Annual report of the Civil Veterinary Department, Bengal, and of the Bengal Veterinary College for the year 1905-1906 - 1905-1906
Year: 1905
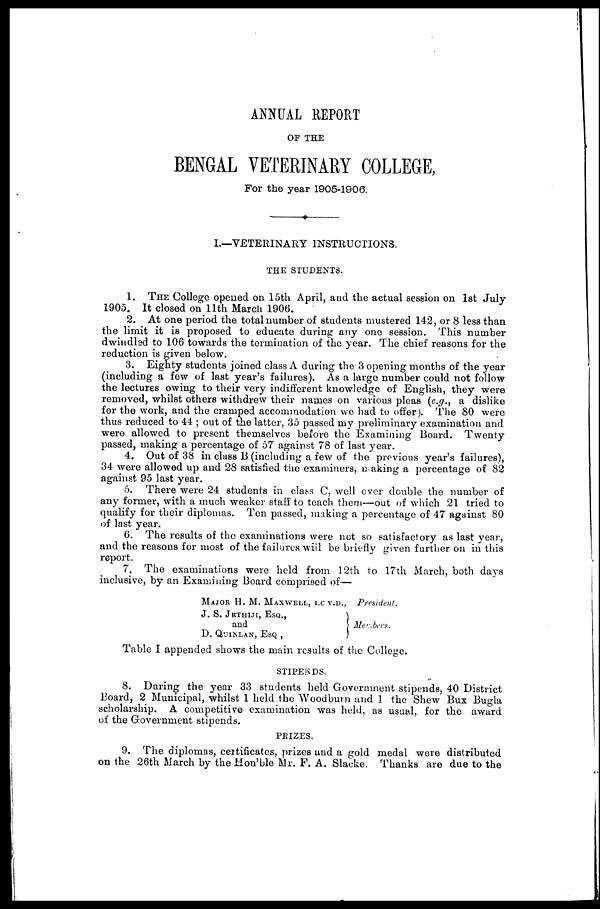
ANNUAL REPORT
OF THE
BENGAL VETERINARY COLLEGE,
For the year 1905-1906.
I.—VETERINARY INSTRUCTIONS.
THE STUDENTS.
1. THE College opened on 15th April, and the actual session on 1st July
1905.
It closed on 11th March 1906.
2. At one period the total number of students mustered 142, or 8 less than
the limit it is proposed to educate during any one session. This number
dwindled to 106 towards the termination of the year. The chief reasons for the
reduction is given below.
3. Eighty students joined class A during the 3 opening months of the year
(including a few of last year's failures). As a large number could not follow
the lectures owing to their very indifferent knowledge of English, they were
removed, whilst others withdrew their names on various pleas (e.g., a dislike
for the work, and the cramped accommodation we had to offer). The 80 were
thus reduced to 44; out of the latter, 35 passed my preliminary examination and
were allowed to present themselves before the Examining Board. Twenty
passed, making a percentage of 57 against 78 of last year.
4. Out of 38 in class B (including a few of the previous year's failures),
34 were allowed up and 28 satisfied the examiners, making a percentage of 82
against 95 last year.
5. There were 24 students in class C, well over double the number of
any former, with a much weaker staff to teach them—out of which 21 tried to
qualify for their diplomas. Ten passed, making a percentage of 47 against 80
of last year.
6. The results of the examinations were not so satisfactory as last year,
and the reasons for most of the failures will be briefly given further on in this
report.
7. The examinations were held from 12th to 17th March, both days
inclusive, by an Examining Board comprised of—
MAJOR H. M. MAXWELL, I.C.V.D.,
J. S. JKTHIJI, ESQ.,
and
D. QUINLAN, ESQ ,
President.
Members.
Table I appended shows the main results of the College.
STIPENDS.
8. During the year 33 students held Government stipends, 40 District
Board, 2 Municipal, whilst 1 held the Woodburn and 1 the Shew Bux Bugla
scholarship. A competitive examination was held, as usual, for the award
of the Government stipends.
PRIZES.
9. The diplomas, certificates, prizes and a gold medal were distributed
on the 26th March by the Hon'ble Mr. F. A. Slacke. Thanks are due to the